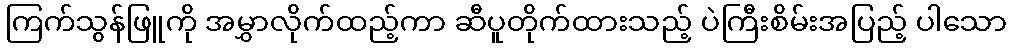
ကြက်သွန်ဖြူကို အမွှာလိုက်ထည့်ကာ ဆီပူတိုက်ထားသည့် ပဲကြီးစိမ်းအပြည့် ပါသော